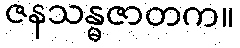
ဇနသန္ဓဇာတက။